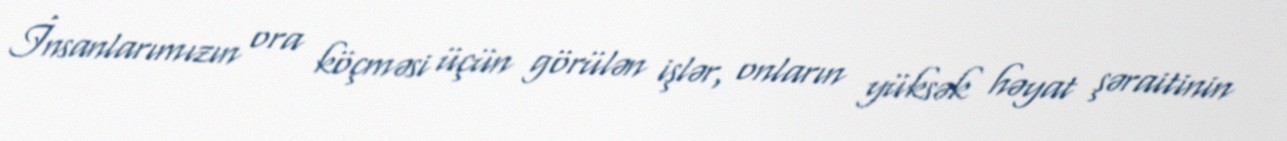
İnsanlarımızın ora köçməsi üçün görülən işlər, onların yüksək həyat şəraitinin